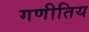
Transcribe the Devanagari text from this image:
गणीतिय